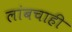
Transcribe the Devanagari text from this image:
लांबचाही